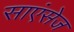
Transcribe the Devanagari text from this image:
साएंसेज